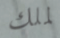
لملك